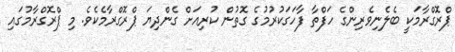
ޕްރޮގްރާމަކީ ބެލެނިވެރިންގެ ހަފްތާ ފާހަގަކުރުމުގެ ގޮތުން ކުރިއަށް ގެންދިޔަ ޕްރޮގްރާމެކެވެ. މި ޕްރޮގްރާމުގައި